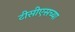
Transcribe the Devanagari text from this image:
टीसीएसच्या